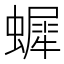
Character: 𧑷